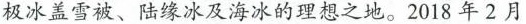
极冰盖雪被、陆缘冰及海冰的理想之地。2018年2月